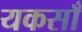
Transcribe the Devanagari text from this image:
यकसाँ